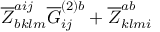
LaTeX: \overline { { { Z } } } _ { b k l m } ^ { a i j } \overline { { { G } } } _ { i j } ^ { ( 2 ) b } + \overline { { { Z } } } _ { k l m i } ^ { a b }